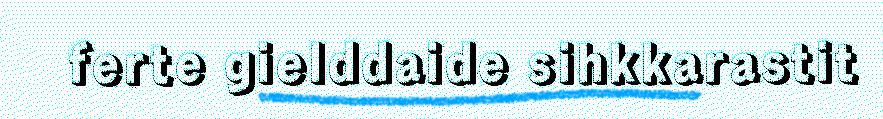
ferte gielddaide sihkkarastit